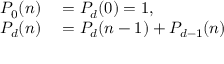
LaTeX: \begin{array} { r l } { P _ { 0 } ( n ) } & { { } = P _ { d } ( 0 ) = 1 , } \\ { P _ { d } ( n ) } & { { } = P _ { d } ( n - 1 ) + P _ { d - 1 } ( n ) } \end{array}